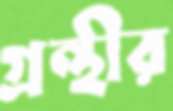
গ্রন্থীর